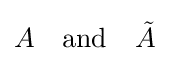
A\quad {\text{and}}\quad {\tilde {A}}